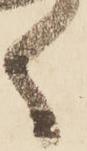
く